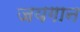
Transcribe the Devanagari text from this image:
जयगान